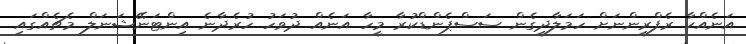
އަނެއްކާ ރެފްރީންނަށް ހަމަލާދީގެން ސަސްޕެންޑްކުރާ މީހާ އަނެއް ދުވަހު ހުރެދާނެ އިންޓަނޭޝަނަލް މެޗެއްގައި